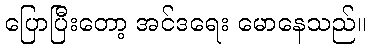
ပြောပြီးတော့ အင်ဒရေး မောနေသည်။